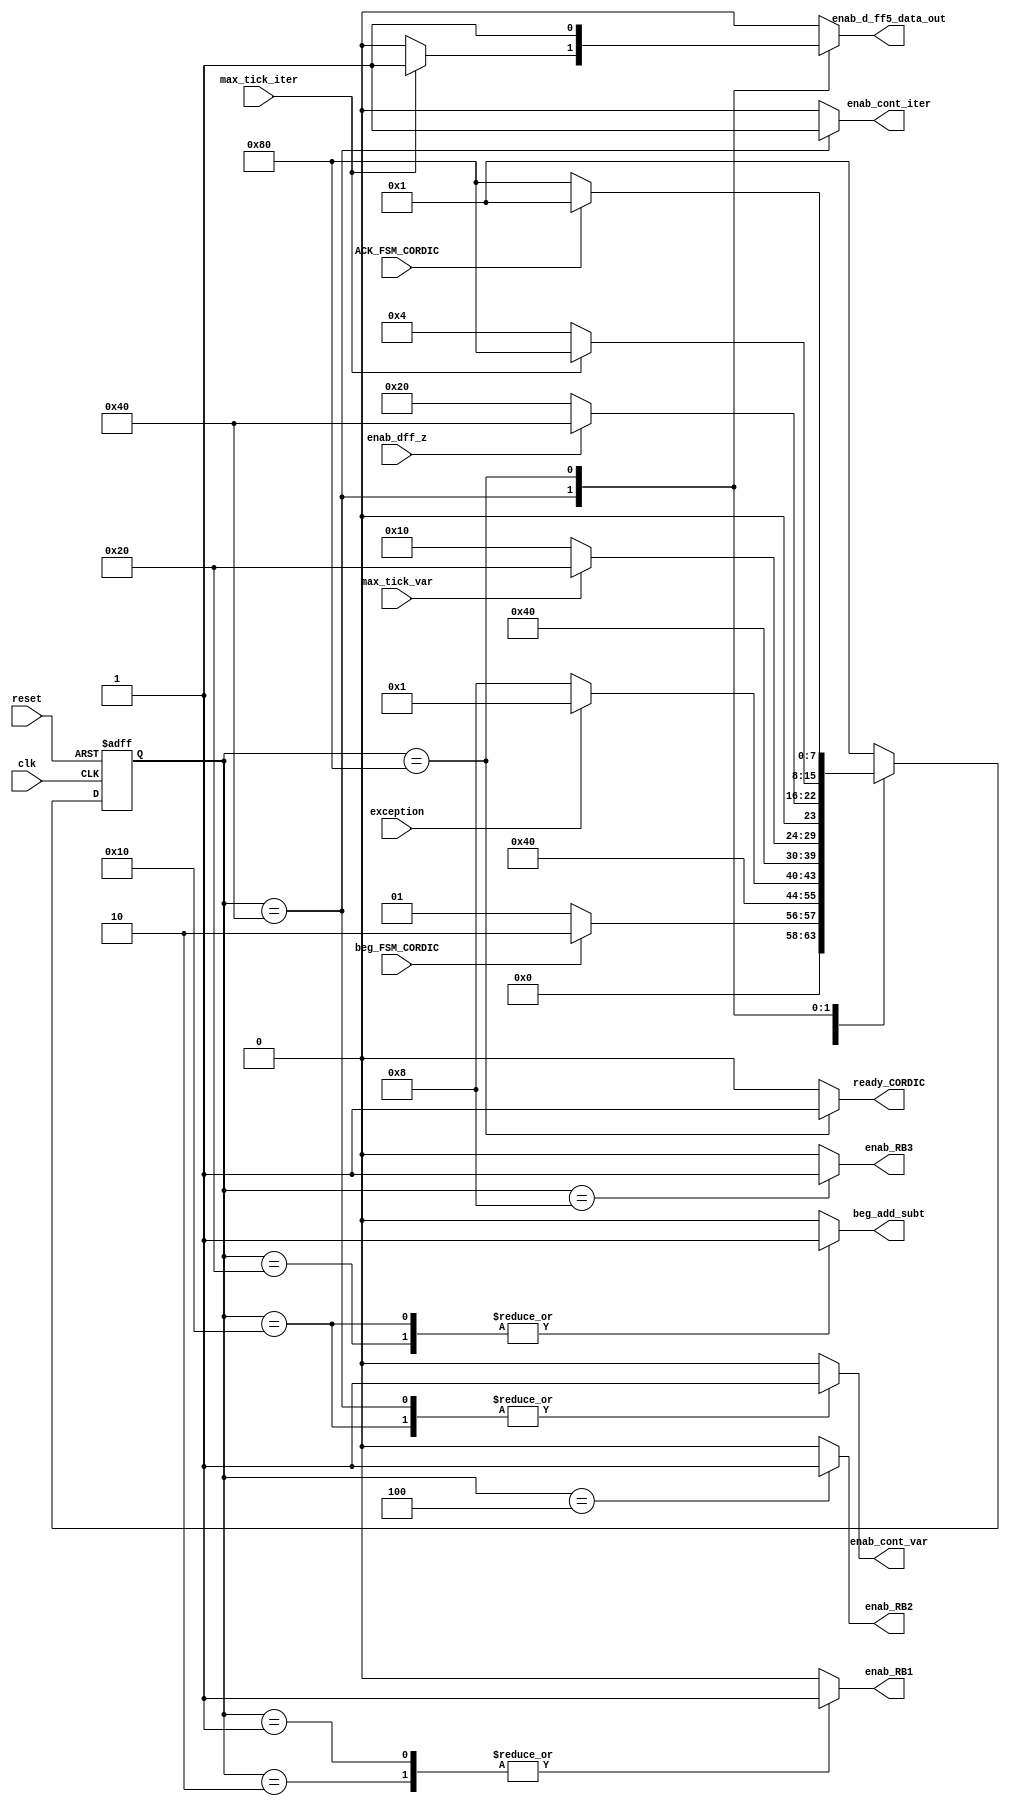
module CORDIC_FSM_v3
(
  //Input Signals
  input wire clk,											//	Reloj del sitema.
  input wire reset,										//	Reset del sitema.
  input wire beg_FSM_CORDIC,								//	Seal de inicio de la maquina de estados.
  input wire ACK_FSM_CORDIC,								//	Seal proveniente del modulo que recibe el resultado, indicado que el dato ha sido recibido.
  input wire exception,
  input wire max_tick_iter, 			//	Seales que indican la maxima y minima cuenta, respectivamente, en el contador de iteraciones.
  input wire max_tick_var, 				//	Seales que indican la maxima y minima cuenta, respectivamente, en el contador de variables.
  input wire enab_dff_z,

  //Output Signals

  //output reg reset_reg_cordic,
  output reg ready_CORDIC,								//	Seal que indica que el calculo CORDIC se ha terminado.
  output reg beg_add_subt,								//	Seal que indica al modulo de suma/resta que inicie su operacion.
  output reg enab_cont_iter,				//	Seales de habilitacion y carga, respectivamente, en el contador de iteraciones.
  output reg enab_cont_var,				//	Seales de habilitacion y carga, respectivamente, en el contador de variables.
  output reg enab_RB1, enab_RB2, enab_RB3,
  output reg enab_d_ff5_data_out
);

//symbolic state declaration
/*localparam [3:0]    est0 = 8'b0000000,
                    est1 = 8'b0000001,
                    est2 = 8'b0000010,
                    est3 = 8'b0000100,
                    est4 = 8'b0001000,
                    est5 = 8'b0010000,
                    est6 = 8'b0100000,
                    est7 = 8'b1000000;*/
     parameter est0 = 8'b00000001;
     parameter est1 = 8'b00000010;
     parameter est2 = 8'b00000100;
     parameter est3 = 8'b00001000;
     parameter est4 = 8'b00010000;
     parameter est5 = 8'b00100000;
     parameter est6 = 8'b01000000;
     parameter est7 = 8'b10000000;

//signal declaration
reg [7:0] state_reg, state_next;	//	Guardan el estado actual y el estado futuro, respectivamente.

//state register

always @( posedge clk, posedge reset)
    begin
        if(reset)	// Si hay reset, el estado actual es el estado inicial.
            state_reg <= est0;
        else		//Si no hay reset el estado actual es igual al estado siguiente.
            state_reg <= state_next;
    end

//next-state logic and output logic

always @*
    begin
    state_next = state_reg; // default state : the same

    //declaration of default outputs.
   // reset_reg_cordic = 0;
    enab_RB1 = 0;
    enab_RB2 = 0;
    enab_RB3 = 0;
    enab_cont_var  = 0;
    enab_cont_iter = 0;
    enab_d_ff5_data_out = 0;
    ready_CORDIC = 0;
    beg_add_subt = 0;

    case(state_reg)

    est0:
    begin
//      reset_reg_cordic = 1'b1;
      enab_RB1 = 1'b1;
      if(beg_FSM_CORDIC) begin
        state_next = est1;
      end else begin
        state_next = est0;
      end
    end

		est1:
		begin
      enab_RB1 = 1'b1;
			state_next = est2;
		end

    est2:
    begin
      enab_RB2 = 1'b1;
			if(exception) begin
				state_next = est0;
			end else begin
				state_next = est3;
      end
    end

    est3:
    begin
      enab_RB3 = 1'b1;
			state_next = est4;
    end

    est4:
    begin
      enab_cont_var = 1'b1; //cont_var++
      beg_add_subt = 1'b1;
      if (max_tick_var) begin
        state_next = est5;
      end else begin
        state_next = est4;
      end
    end

    est5:
    begin
      beg_add_subt = 1'b1;
      if (enab_dff_z) begin
        state_next = est6;
      end else begin
        state_next = est5;
      end
    end

    est6:
    begin
      enab_cont_iter = 1'b1; //cont_iter++
      enab_cont_var = 1'b1; //rst cont to from 3 to 0

      if (max_tick_iter) begin
        state_next = est7; //Es la ultima iteracion, por lo tanto, seguimos a la siguiente etapa
        enab_d_ff5_data_out = 1;
      end else begin
        state_next = est2; //Seguir las iteraciones
        //
      end
    end

    est7:
    begin
      ready_CORDIC = 1'b1;
      enab_d_ff5_data_out = 1'b1;
      if(ACK_FSM_CORDIC) begin
        state_next = est0;
      end else begin
        state_next = est7;
      end
    end

    default :
      begin
        state_next = est0;
      end

    endcase
  end
endmodule